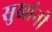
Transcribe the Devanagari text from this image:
सुखांनी